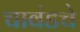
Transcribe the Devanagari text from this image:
चावंडचे